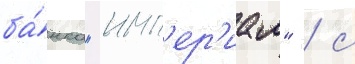
ба́нка "имп'ер'иал" / с